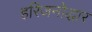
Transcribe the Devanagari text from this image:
हरिजनोद्धार